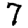
Digit: 7